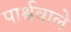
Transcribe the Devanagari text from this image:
पार्श्ववाले